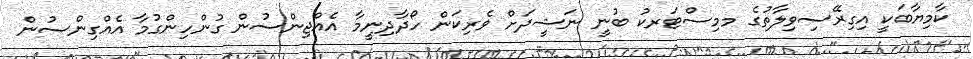
ކާމިޔާބަކީ އިިގިރޭސިވިލާތުގެ މމިސްޓަރކު ބުނީ ނަޝީދަށް ވެރިކަން ހޯދާދިނީމާ އެއްޖިންސުން ގުންހިންގުމާ އެއްގިންސުން